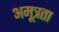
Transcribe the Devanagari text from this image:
अमूत्रता